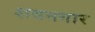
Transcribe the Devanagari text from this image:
शयनगार